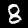
Digit: 8